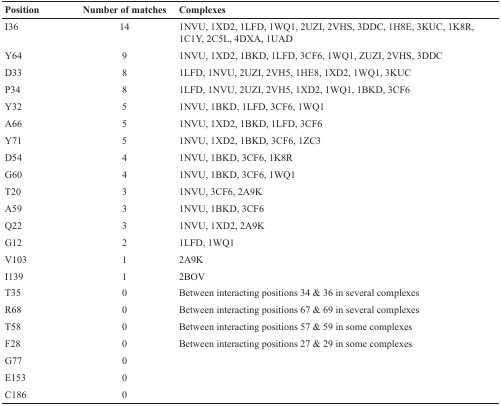
<table><thead><tr><td><b>Position</b></td><td><b>Number of matches</b></td><td><b>Complexes</b></td></tr></thead><tbody><tr><td>I36</td><td>14</td><td>1NVU, 1XD2, 1LFD, 1WQ1, 2UZI, 2VHS, 3DDC, 1H8E, 3KUC, 1K8R, 1C1Y, 2C5L, 4DXA, 1UAD</td></tr><tr><td>Y64</td><td>9</td><td>1NVU, 1XD2, 1BKD, 1LFD, 3CF6, 1WQ1, ZUZI, 2VHS, 3DDC</td></tr><tr><td>D33</td><td>8</td><td>1LFD, 1NVU, 2UZI, 2VH5, 1HE8, 1XD2, 1WQ1, 3KUC</td></tr><tr><td>P34</td><td>8</td><td>1LFD, 1NVU, 2UZI, 2VH5, 1XD2, 1WQ1, 1BKD, 3CF6</td></tr><tr><td>Y32</td><td>5</td><td>1NVU, 1BKD, 1LFD, 3CF6, 1WQ1</td></tr><tr><td>A66</td><td>5</td><td>1NVU, 1XD2, 1BKD, 1LFD, 3CF6</td></tr><tr><td>Y71</td><td>5</td><td>1NVU, 1XD2, 1BKD, 3CF6, 1ZC3</td></tr><tr><td>D54</td><td>4</td><td>1NVU, 1BKD, 3CF6, 1K8R</td></tr><tr><td>G60</td><td>4</td><td>1NVU, 1BKD, 3CF6, 1WQ1</td></tr><tr><td>T20</td><td>3</td><td>1NVU, 3CF6, 2A9K</td></tr><tr><td>A59</td><td>3</td><td>1NVU, 1BKD, 3CF6</td></tr><tr><td>Q22</td><td>3</td><td>1NVU, 1XD2, 2A9K</td></tr><tr><td>G12</td><td>2</td><td>1LFD, 1WQ1</td></tr><tr><td>V103</td><td>1</td><td>2A9K</td></tr><tr><td>I139</td><td>1</td><td>2BOV</td></tr><tr><td>T35</td><td>0</td><td>Between interacting positions 34 &amp; 36 in several complexes</td></tr><tr><td>R68</td><td>0</td><td>Between interacting positions 67 &amp; 69 in several complexes</td></tr><tr><td>T58</td><td>0</td><td>Between interacting positions 57 &amp; 59 in some complexes</td></tr><tr><td>F28</td><td>0</td><td>Between interacting positions 27 &amp; 29 in some complexes</td></tr><tr><td>G77</td><td>0</td><td></td></tr><tr><td>E153</td><td>0</td><td></td></tr><tr><td>C186</td><td>0</td><td></td></tr></tbody></table>